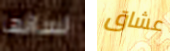
لسانها عشاق